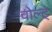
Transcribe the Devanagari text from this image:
वोल्ट्